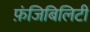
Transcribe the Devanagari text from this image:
फ़ंजिबिलिटी